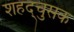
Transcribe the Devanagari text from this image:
शहद्चुसक